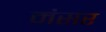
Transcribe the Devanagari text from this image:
मंसर